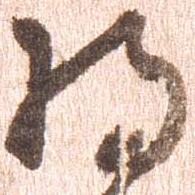
将